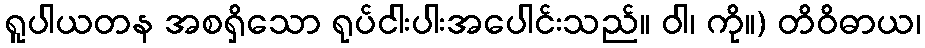
ရူပါယတန အစရှိသော ရုပ်ငါးပါးအပေါင်းသည်။ ဝါ၊ ကို။) တိဝိဓာယ၊